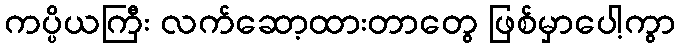
ကပ္ပိယကြီး လက်ဆော့ထားတာတွေ ဖြစ်မှာပေါ့ကွာ